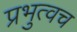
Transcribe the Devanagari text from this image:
प्रभुत्वच